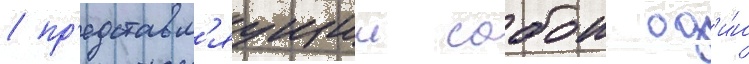
/ пр'едставл'яущии собои од'и́н